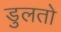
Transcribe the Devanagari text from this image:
डुलतो